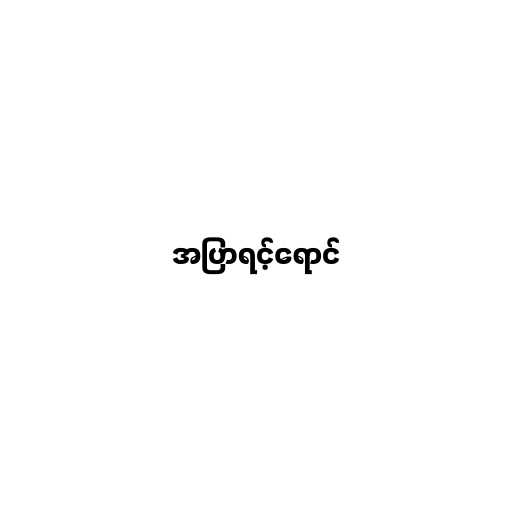
အပြာရင့်ရောင်